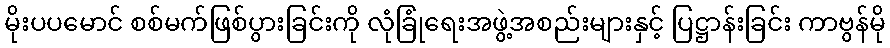
မိုးပပမောင် စစ်မက်ဖြစ်ပွားခြင်းကို လုံခြုံရေးအဖွဲ့အစည်းများနှင့် ပြဋ္ဌာန်းခြင်း ကာဗွန်မို